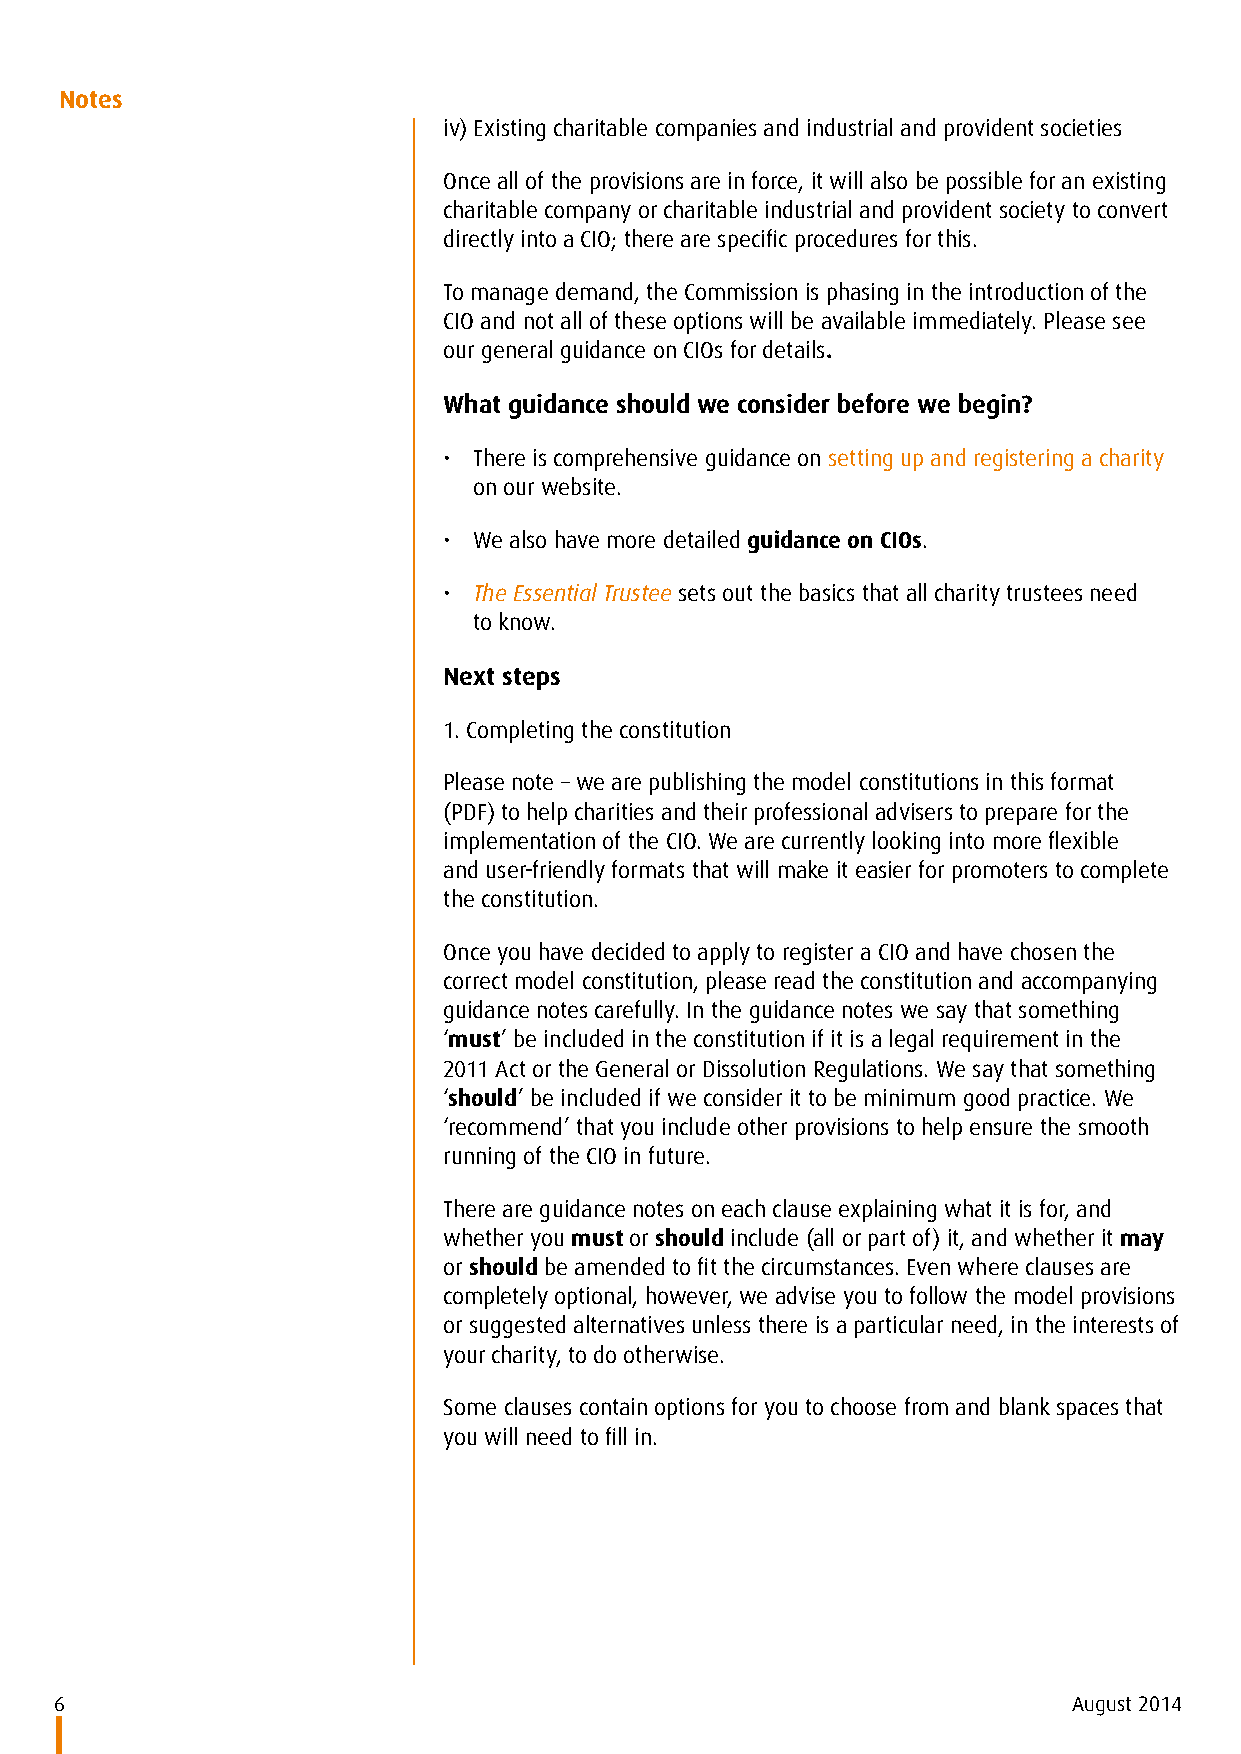
Notes
 iv) Existing charitable companies and industrial and provident societies
 Once all of the provisions are in force, it will also be possible for an existing
 charitable company or charitable industrial and provident society to convert
 directly into a CIO; there are specific procedures for this.
 To manage demand, the Commission is phasing in the introduction of the
 CIO and not all of these options will be available immediately. Please see
 our general guidance on CIOs for details.
 What guidance should we consider before we begin?
 • There is comprehensive guidance on setting up and registering a charity
 on our website.
 • We also have more detailed guidance on CIOs.
 • The Essential Trustee sets out the basics that all charity trustees need
 to know.
 Next steps
 1. Completing the constitution
 Please note – we are publishing the model constitutions in this format
 (PDF) to help charities and their professional advisers to prepare for the
 implementation of the CIO. We are currently looking into more flexible
 and user-friendly formats that will make it easier for promoters to complete
 the constitution.
 Once you have decided to apply to register a CIO and have chosen the
 correct model constitution, please read the constitution and accompanying
 guidance notes carefully. In the guidance notes we say that something
 ‘must’ be included in the constitution if it is a legal requirement in the
 2011 Act or the General or Dissolution Regulations. We say that something
 ‘should’ be included if we consider it to be minimum good practice. We
 ‘recommend’ that you include other provisions to help ensure the smooth
 running of the CIO in future.
 There are guidance notes on each clause explaining what it is for, and
 whether you must or should include (all or part of) it, and whether it may
 or should be amended to fit the circumstances. Even where clauses are
 completely optional, however, we advise you to follow the model provisions
 or suggested alternatives unless there is a particular need, in the interests of
 your charity, to do otherwise.
 Some clauses contain options for you to choose from and blank spaces that
 you will need to fill in.
 6                                                                  August 2014